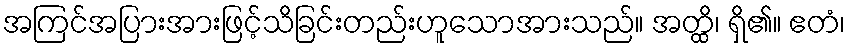
အကြင်အပြားအားဖြင့်သိခြင်းတည်းဟူသောအားသည်။ အတ္ထိ၊ ရှိ၏။ ဧတံ၊